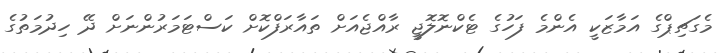
މެގަޗިޕްގެ އަމާޒަކީ އެންމެ ފަހުގެ ޓެކްނޮލޮޖީ ރާއްޖެއަށް ތައާރަފްކޮށް ކަސްޓަމަރުންނަށް ދޭ ހިދުމަތުގެ